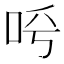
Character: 𠰗